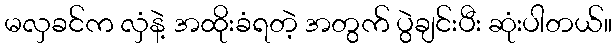
မလှခင်က လှံနဲ့ အထိုးခံရတဲ့ အတွက် ပွဲချင်းပီး ဆုံးပါတယ်။